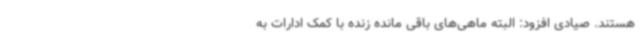
هستند. صیادی افزود: البته ماهی‌های باقی مانده زنده با کمک ادارات به